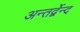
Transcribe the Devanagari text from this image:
अन्तर्द्वेन्द